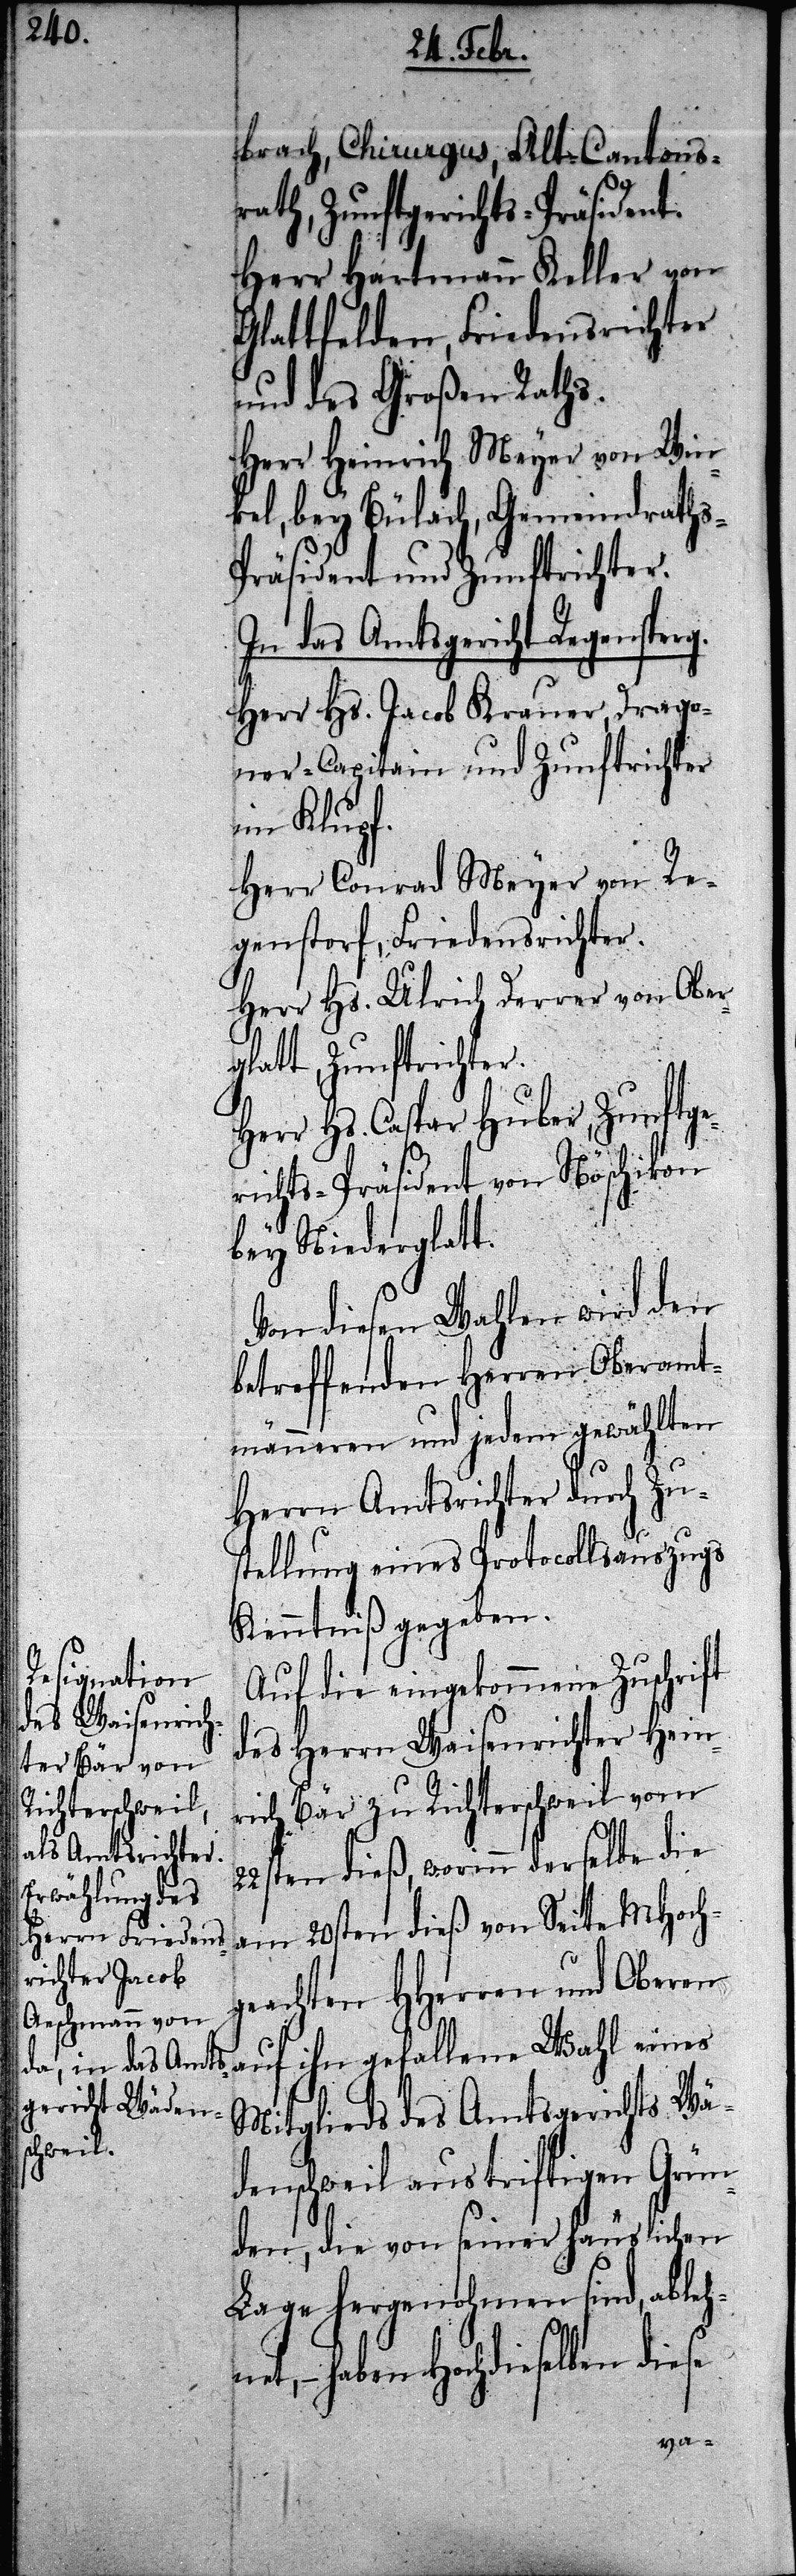
brach, Chirurgus, Alt-Cantons¬
rath, Zunftgerichts-Präsident.
Herr Hartmann Keller von
Glattfelden, Friedensrichter
und des Großen Raths.
Herr Heinrich Meyer von Win¬
kel, bey Bülach, Gemeindraths-P¬
räsident und Zunftrichter.
In das Amtsgericht Regensperg.
Herr Hs. Jacob Krauer, Drago¬
ner-Capitain und Zunftrichter
im Klupf.
Herr Conrad Meyer von Re¬
genstorf, Friedensrichter.
Herr Hs. Ulrich Derrer von Ober¬
glatt, Zunftrichter.
Herr Hs. Caspar Huber, Zunftge¬
richts-Präsident von Nöschikon
bey Niederglatt.
Von diesen Wahlen wird den
betreffenden Herren Oberamt¬
männeren und jedem gewählten
Herrn Amtsrichter durch Zu¬
stellung eines Protokollsauszugs
Kenntniß gegeben.
Auf die eingekommene Zuschrift
des Herrn Waisenrichter Hein¬
rich Bär zu Richterschweil vom
22ten dieß, worinn derselbe die
am 20sten dieß von Seite MHoch¬
geachten HHerren und Oberen
auf ihn gefallene Wahl eines
Mitglieds des Amtsgerichts Wä¬
denschweil aus triftigen Grün¬
den, die von seiner häuslichen
Lage hergenohmen sind, ableh¬
net, – haben Hochdieselben diese